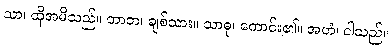
သာ၊ ထိုအမိသည်။ တာတ၊ ချစ်သား။ သာဓု၊ ကောင်း၏။ အဟံ၊ ငါသည်။